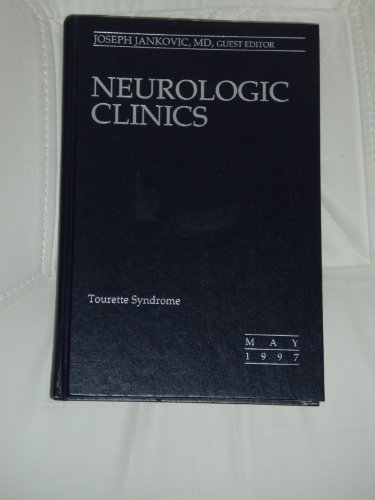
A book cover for NEUROLOGIC CLINIC: Tourette Syndrome, May 1997, Volume 15 Number 2; Health, Fitness & Dieting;